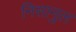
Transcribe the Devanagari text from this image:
निसानुल